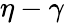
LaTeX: \eta-\gamma